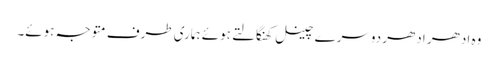
وہ ادھر ادھر دوسرے چینل کھنگالتے ہوئے ہماری طرف متوجہ ہوئے۔